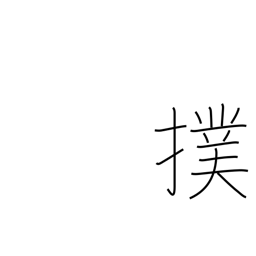
Meaning: slap